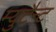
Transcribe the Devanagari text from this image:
म्युटैन्ट